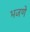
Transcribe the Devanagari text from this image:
भजणे